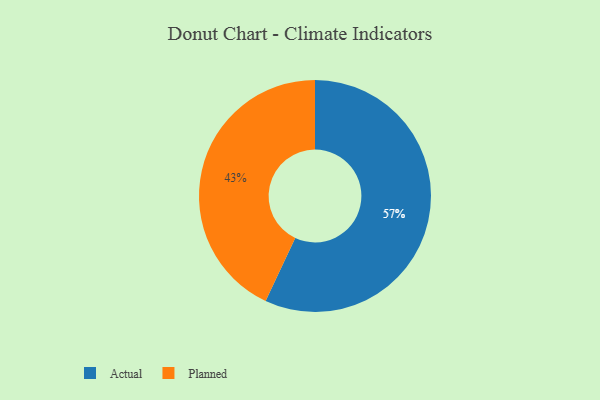
{"axis": {"x": "Category", "y": "Percentage"}, "legend": ["Actual", "Planned"], "data": [{"x": "Planned", "y": 43, "type": "Planned"}, {"x": "Actual", "y": 57, "type": "Actual"}]}